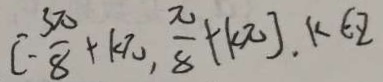
[ - \frac { 3 \pi } { 8 } + k \pi , \frac { \pi } { 8 } + k \pi ] , k \in z